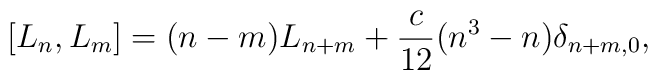
[L_{n},L_{m}]=(n-m)L_{n+m} + \frac{c}{12}(n^{3}-n){\delta}_{n+m,0} ,